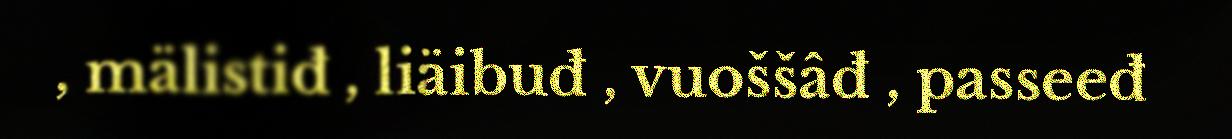
, mälistiđ , liäibuđ , vuoššâđ , passeeđ